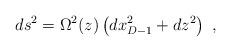
LaTeX: \begin{align*}ds^2 = \Omega^2(z) \left( dx^2_{D-1} + dz^2 \right) \ ,\end{align*}